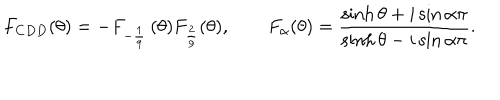
LaTeX: F _ { C D D } ( \theta ) = - F _ { - \frac { 1 } { 9 } } \, ( \theta ) F _ { \frac { 2 } { 9 } } ( \theta ) , \qquad F _ { \alpha } ( \theta ) = { \frac { \sinh \theta + i \sin \alpha \pi } { \sinh \theta - i \sin \alpha \pi } } .